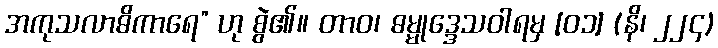
အကုသလာဓိကာရေ” ဟု စွဲ၏။ တာဝ၊ ဓမ္မုဒ္ဒေသဝါရမှ [၀၁] (နိ၊ ၂၂၄)